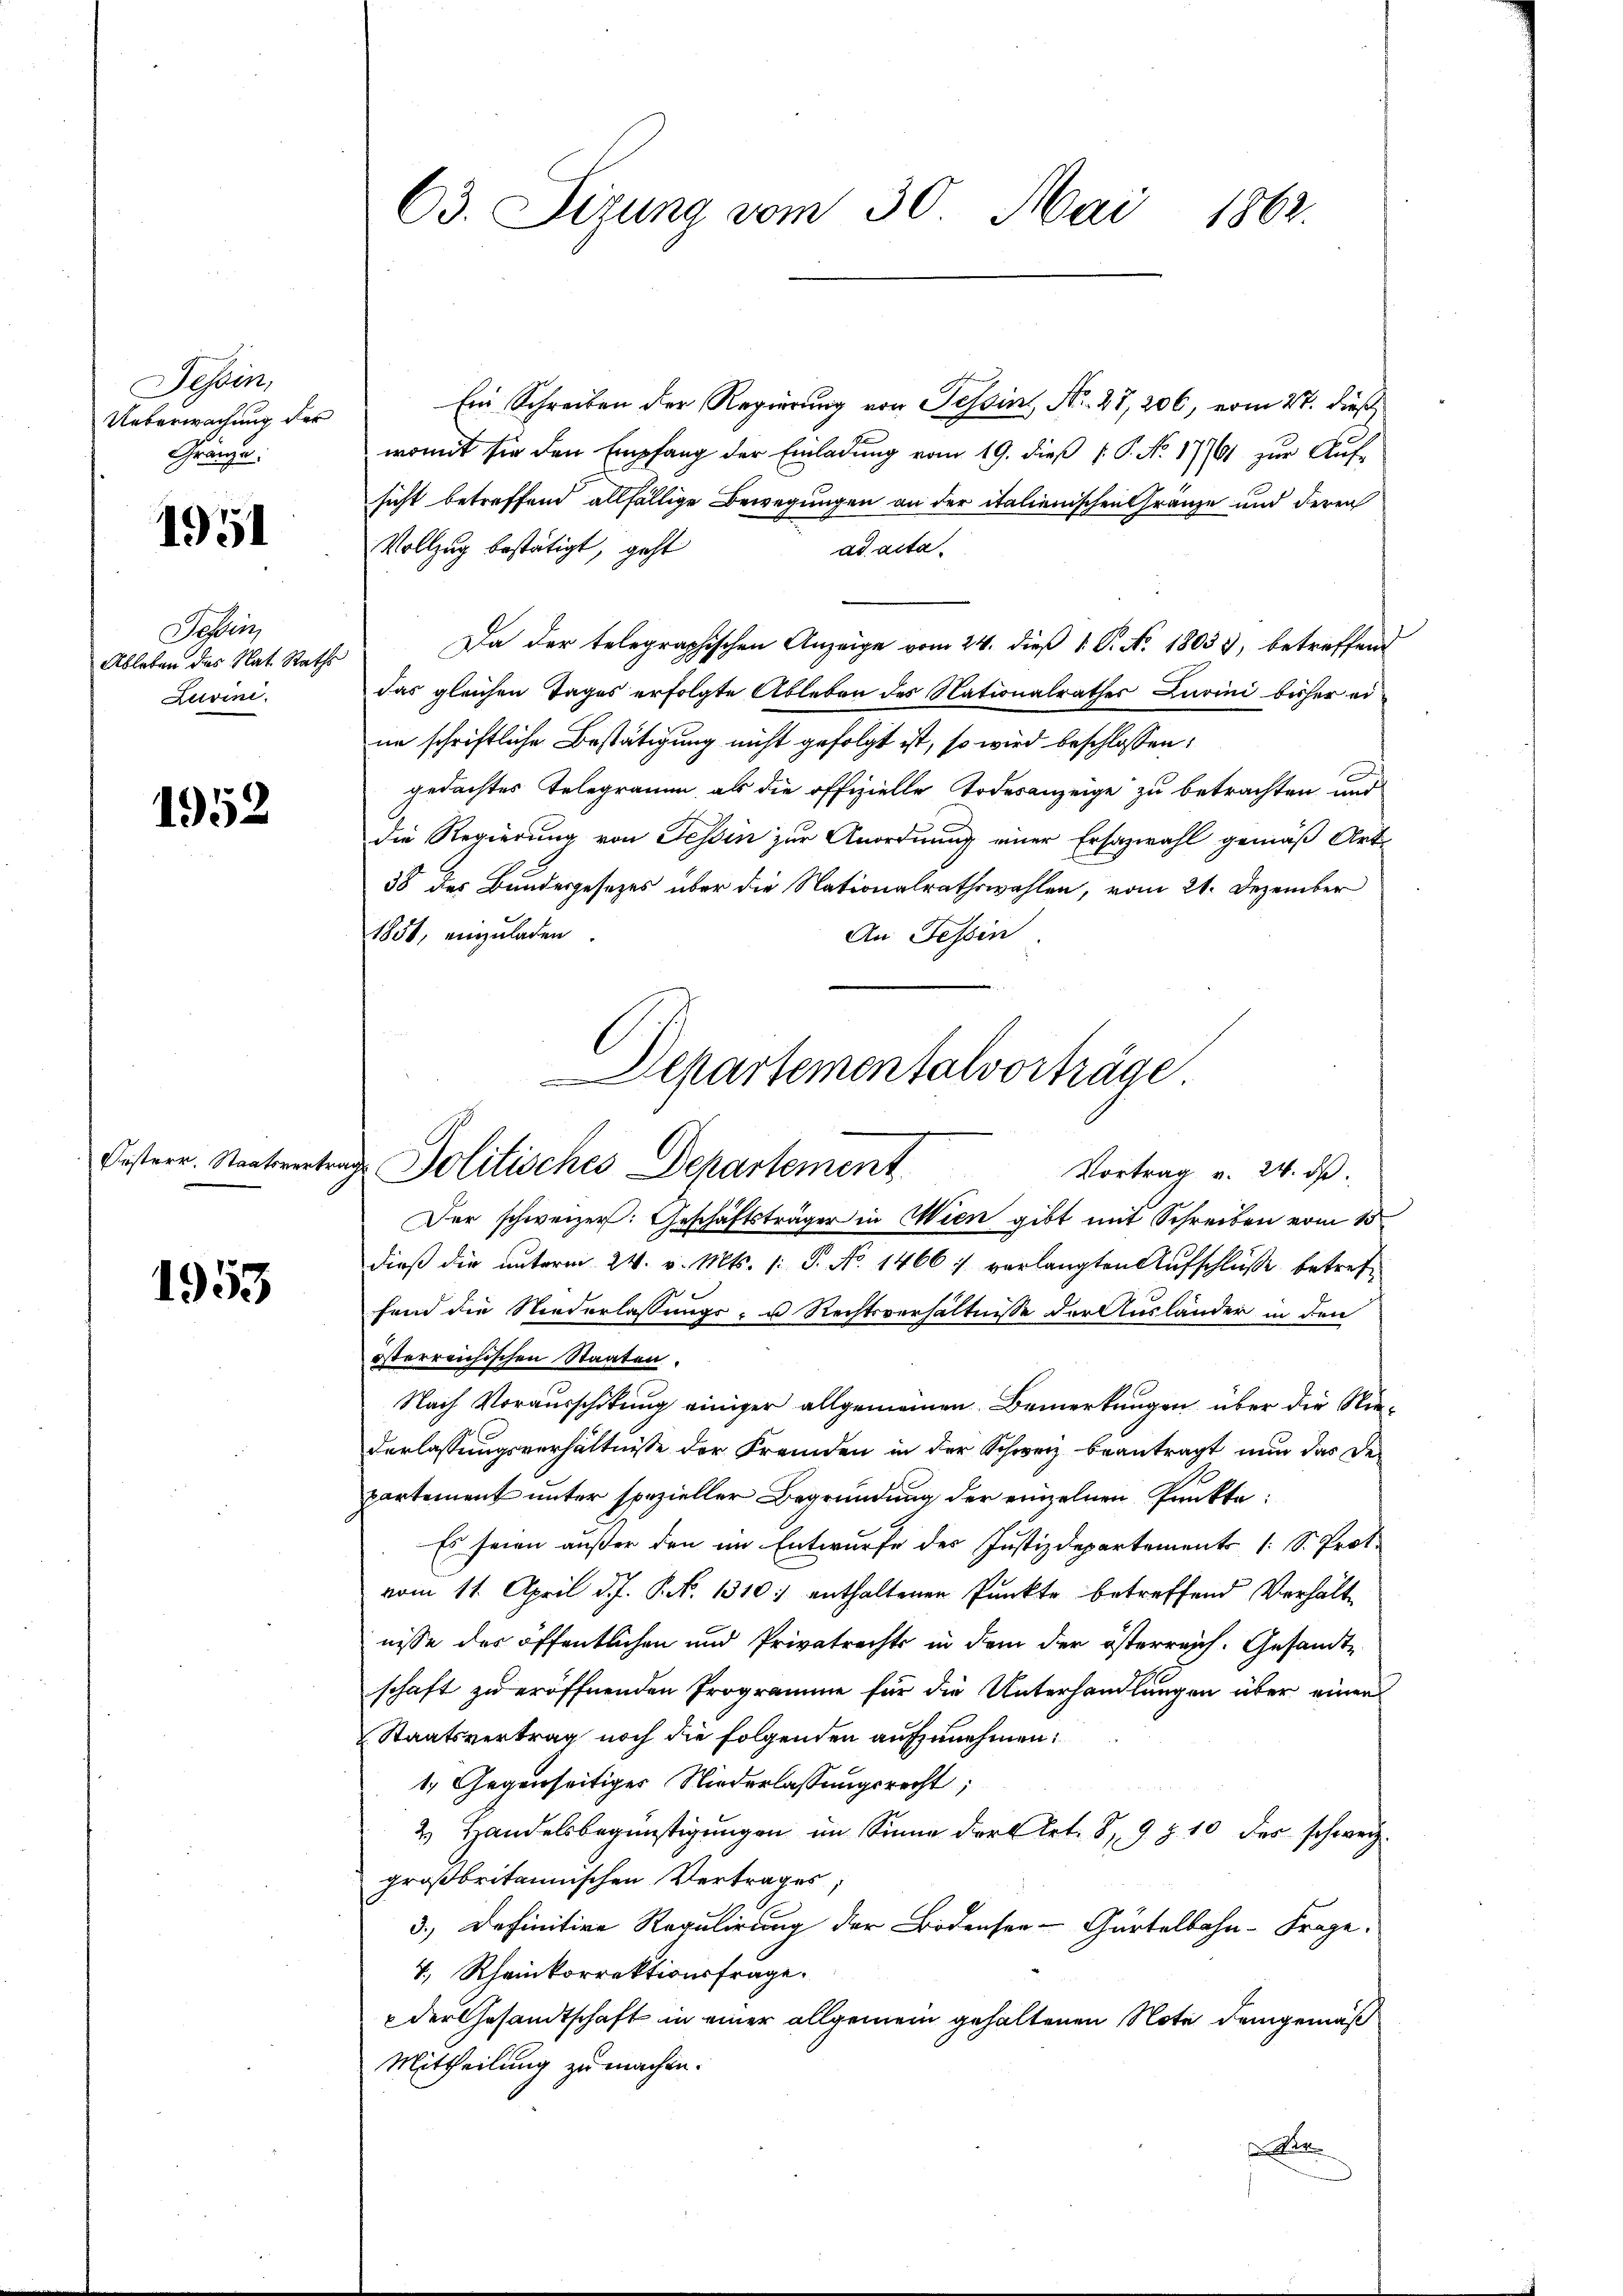
Tessin,
Ueberwachung der
Gränze:

1951

Sein
Ableben des Nat. Raths
Luvini.

1952

Fisterr. Staatsvertre

1953

63. Sizung vom 30. Mai 1862.

Ein Schreiben der Regierung von Tessin, Nr. 27, 206, vom 27. dieß
womit sie den Empfang der Einladung vom 19. dieß P. P. No 17761 zur Auf-
sicht betreffend allfällige Bewegungen an der italienischen Gränze und deren
Vollzug bestätigt, geht
ad acta
Da der telegraphischen Anzeige vom 24. dieß 1 P. N. 18033, betreffend
das gleichen Tages erfolgte Ableben des Nationalrathes Zurini bisher ei
ne schriftliche Bestätigung nicht gefolgt ist, so wird beschlossen:
gedachtes Telegramm, als die offizielle Todesanzeige zu betrachten und
die Regierung von Tessin zur Anordnung einer Ersazwahl gemäß Art.
38 des Bundesgesetzes über die Nationalrathswahlen, vom 21. Dezember
An Tessin
1851, anzuladen.
Der schweizer: Geschäftsträger in Wien gibt mit Schreiben vom 15
dieß die unterm 24. v. Mts. 1. P. No. 1466 :/ verlangten Aŭfschlüße betreffend die Niederlassungs- u Rechtsverhältnisse der Ausländer in den
österreichischen Staaten.
Nach Vorausschikung einiger allgemeinen Bemerkungen über die Nie¬
7
derlassungsverhältnisse der Fremden in der Schweiz beantragt nun das Departement unter spezieller Begründung der einzelnen Punkte:
Es seien außer den im Entwurfe des Justizdepartements [ S. Prot.
vom 11. April d.J. P. Nr. 1310) enthaltenen Punkte betreffend Verhält
nisse des öffentlichen und Privatrechts in dem der österreich. Gesandte
schaft zu eröffnenden Programme für die Unterhandlungen über einen
Staatsvertrag noch die folgenden aufzunehmen:
1. Gegenseitiger Niederlassungsrecht;
2. Handelsbegünstigungen im Sinne der Art. 8, 9 § 10 des schweiz.
großbritannischen Vertrages;
3.) Definitive Regulirung der Bodensee-Gartelbahn-Frage.
V. Rheinkorrektionsfrage.
der Gesandtschaft in einer allgemein gehaltenen Note demgemäß
Mittheilung zu machen.
 San

Departementalvorträge.
g. Politisches Departement
Vortrag v. 24. ds.